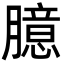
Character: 臆